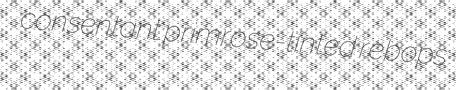
consentant primrose-tinted rebops